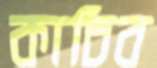
কাচিব